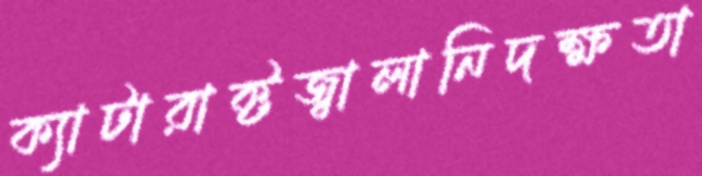
ক্যাটারাক্টজ্বালানিদক্ষতা